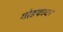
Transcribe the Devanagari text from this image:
गोडफाधर